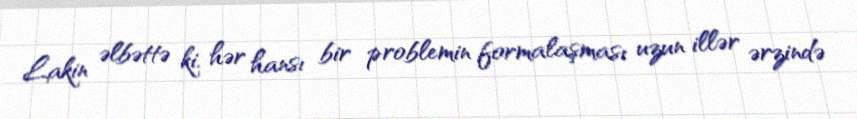
Lakin əlbəttə ki, hər hansı bir problemin formalaşması uzun illər ərzində